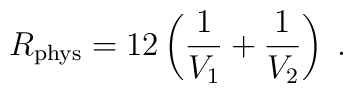
R_{\rm phys}=12\left(\frac{1}{V_1}+\frac{1}{V_2}\right)\; .